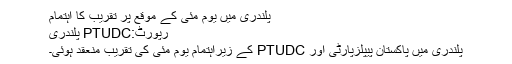
پلندری میں یوم مئی کے موقع پر تقریب کا اہتمام
رپورٹ:PTUDC پلندری
پلندری میں پاکستان پیپلزپارٹی اور PTUDC کے زیراہتمام یوم مئی کی تقریب منعقد ہوئی۔